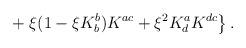
LaTeX: \begin{align*}\;\;\;\;\; + \left. \xi (1-\xi K^{b}_{b}) K^{ac} + \xi^2K^{a}_{d} K^{dc} \right\}.\end{align*}